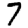
Digit: 7